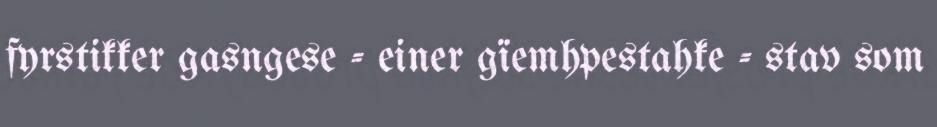
fyrstikker gasngese - einer gïemhpestahke - stav som